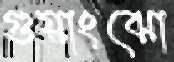
গুয়াংঝো